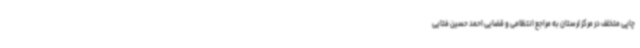
چاپی متخلف در مرکز لرستان به مراجع انتظامی و قضایی احمد حسین فتایی